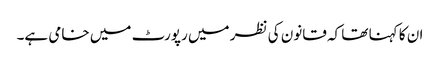
ان کا کہنا تھا کہ قانون کی نظر میں رپورٹ میں خامی ہے۔